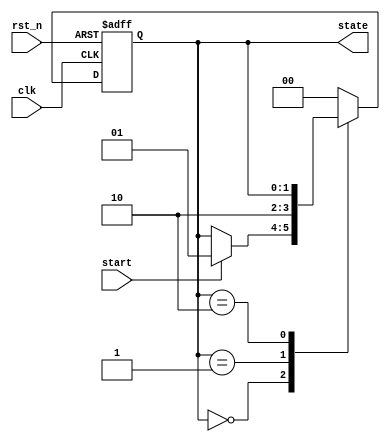
module fsm_example (
    input wire clk,          // Clock input
    input wire rst_n,       // Active low reset
    input wire start,       // Start signal to initiate the FSM
    output reg [1:0] state  // 2-bit state output
);

// State encoding
localparam IDLE    = 2'b00;
localparam RUNNING = 2'b01;
localparam DONE    = 2'b10;

// Initial state
initial begin
    state = IDLE;
end

// FSM process
always @(posedge clk or negedge rst_n) begin
    if (!rst_n) begin
        // Reset state
        state <= IDLE;
    end else begin
        case (state)
            IDLE: begin
                if (start) begin
                    state <= RUNNING; // Transition to RUNNING state
                end
            end
            
            RUNNING: begin
                // Perform some operations here
                // After some condition, transition to DONE state
                // For demonstration, we will transition to DONE after one clock cycle
                state <= DONE;
            end
            
            DONE: begin
                // Stay in DONE state until reset
                // Optionally, you can add logic to return to IDLE
            end
            
            default: state <= IDLE; // Default case to handle unexpected states
        endcase
    end
end

endmodule